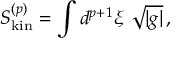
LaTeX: S _ { \mathrm { k i n } } ^ { ( p ) } = \int d ^ { p + 1 } \xi \ \sqrt { | g | } \, ,